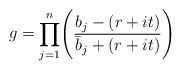
\begin{align*}g = \displaystyle \prod_{j=1}^{n}\Biggl({{b_j -(r+it)}\over{\bar b_j+ (r+it)}}\Biggr)\end{align*}